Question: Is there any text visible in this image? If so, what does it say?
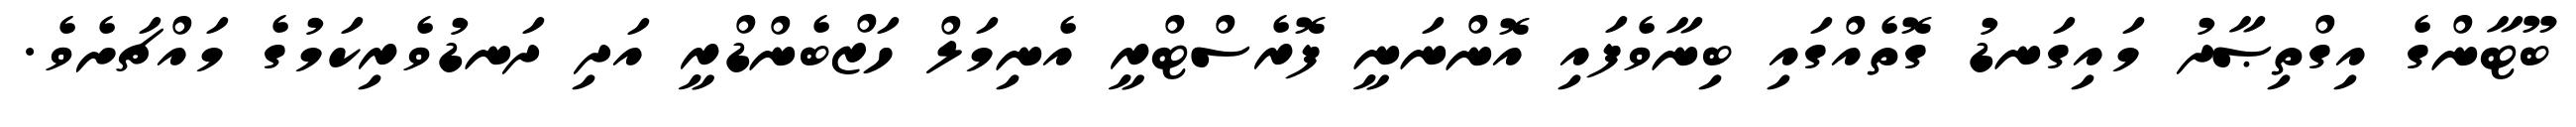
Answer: ބޫޓާންގެ އިގްތިޞާދު މައިގަނޑު ގޮތެއްގައި ބިނާވެފައި އޮންނަނީ ފޮރެސްޓްރީ އެނިމަލް ހަޒްބެންޑްރީ އަދި ދަނޑުވެރިކަމުގެ މައްޗަށެވެ.